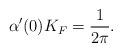
LaTeX: \begin{align*}\alpha'(0)K_F=\frac{1}{2\pi}.\end{align*}